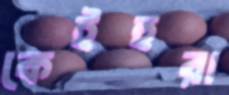
কেইহুরা